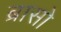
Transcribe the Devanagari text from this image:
ब्रासो